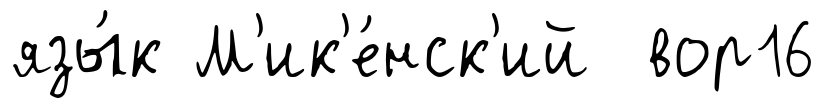
язы́к М'ик'е́нск'ий вор16